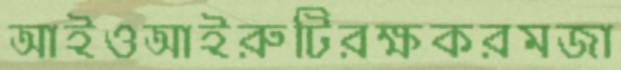
আইওআইরুটিরক্ষকরমজা